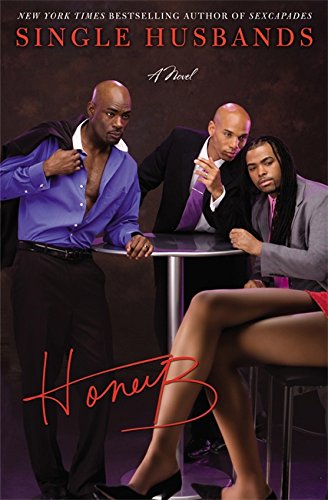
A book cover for Single Husbands; HoneyB; Romance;